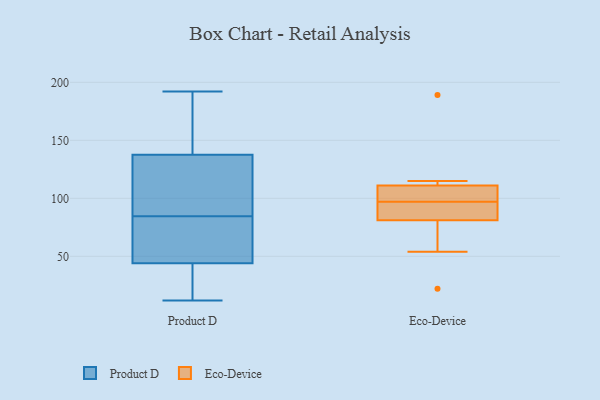
{"axis": {"x": "Churn Rate (%)", "y": "Value"}, "legend": ["Eco-Device", "Product D"], "data": [{"x": "", "y": 56, "type": "Product D"}, {"x": "", "y": 154, "type": "Product D"}, {"x": "", "y": 12, "type": "Product D"}, {"x": "", "y": 38, "type": "Product D"}, {"x": "", "y": 31, "type": "Product D"}, {"x": "", "y": 185, "type": "Product D"}, {"x": "", "y": 192, "type": "Product D"}, {"x": "", "y": 33, "type": "Product D"}, {"x": "", "y": 154, "type": "Product D"}, {"x": "", "y": 188, "type": "Product D"}, {"x": "", "y": 79, "type": "Product D"}, {"x": "", "y": 90, "type": "Product D"}, {"x": "", "y": 102, "type": "Product D"}, {"x": "", "y": 50, "type": "Product D"}, {"x": "", "y": 121, "type": "Product D"}, {"x": "", "y": 31, "type": "Product D"}, {"x": "", "y": 67, "type": "Product D"}, {"x": "", "y": 93, "type": "Product D"}, {"x": "", "y": 95, "type": "Product D"}, {"x": "", "y": 50, "type": "Product D"}, {"x": "", "y": 84, "type": "Eco-Device"}, {"x": "", "y": 108, "type": "Eco-Device"}, {"x": "", "y": 58, "type": "Eco-Device"}, {"x": "", "y": 81, "type": "Eco-Device"}, {"x": "", "y": 54, "type": "Eco-Device"}, {"x": "", "y": 189, "type": "Eco-Device"}, {"x": "", "y": 90, "type": "Eco-Device"}, {"x": "", "y": 111, "type": "Eco-Device"}, {"x": "", "y": 115, "type": "Eco-Device"}, {"x": "", "y": 22, "type": "Eco-Device"}, {"x": "", "y": 89, "type": "Eco-Device"}, {"x": "", "y": 104, "type": "Eco-Device"}, {"x": "", "y": 107, "type": "Eco-Device"}, {"x": "", "y": 111, "type": "Eco-Device"}]}